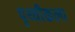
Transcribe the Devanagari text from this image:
पृथ्वीकल्प